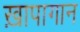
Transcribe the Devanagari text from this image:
ख़ापागान